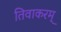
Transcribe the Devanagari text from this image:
तिवाकरम्